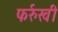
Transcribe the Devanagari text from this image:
फर्रुखी